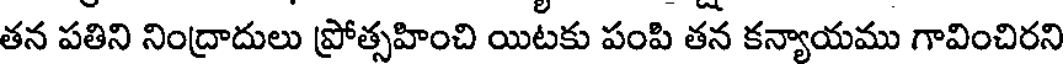
తన పతిని నింద్రాదులు ప్రోత్సహించి యిటకు పంపి తన కన్యాయము గావించిరని